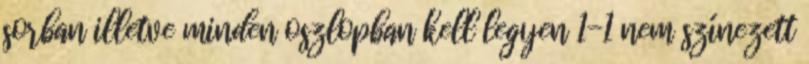
sorban illetve minden oszlopban kell legyen 1-1 nem színezett